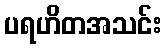
ပရဟိတအသင်း